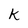
Character: k